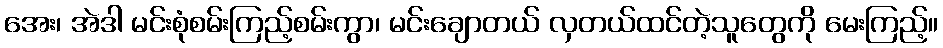
အေး၊ အဲဒါ မင်းစုံစမ်းကြည့်စမ်းကွာ၊ မင်းချောတယ် လှတယ်ထင်တဲ့သူတွေကို မေးကြည့်။